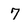
Character: 7